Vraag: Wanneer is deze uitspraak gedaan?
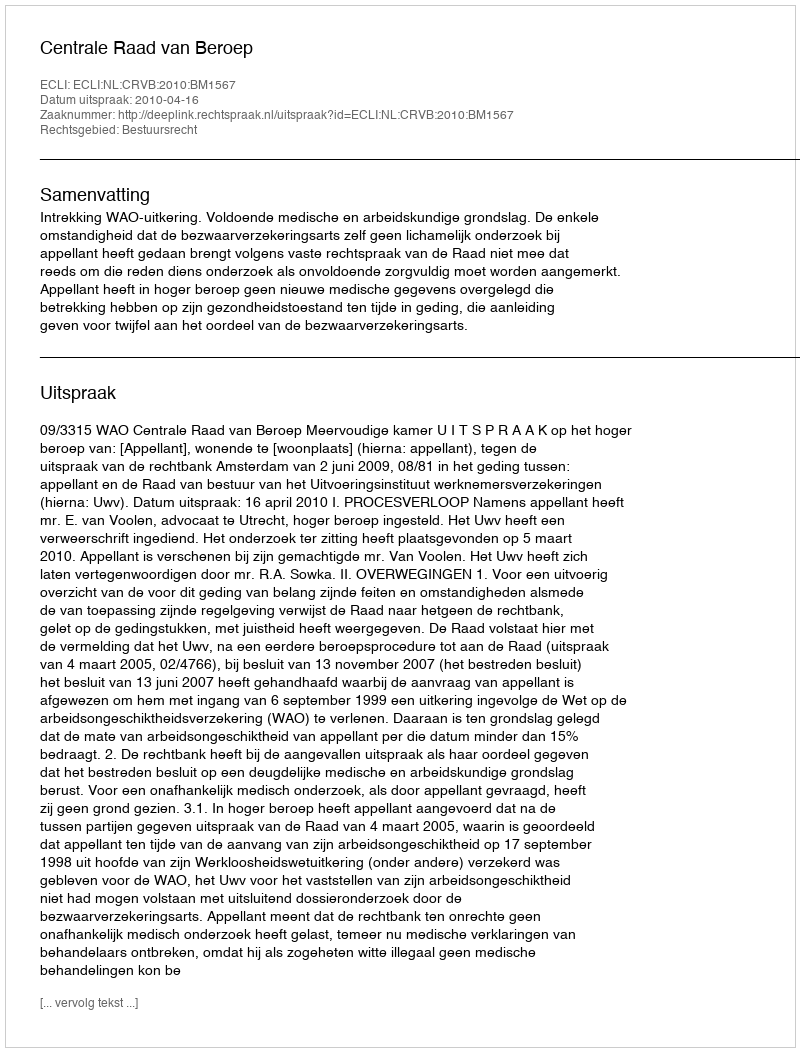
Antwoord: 2010-04-16